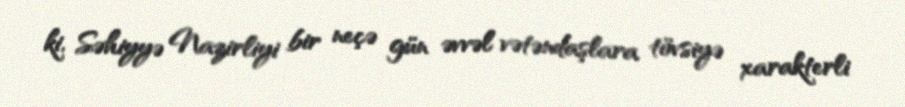
ki, Səhiyyə Nazirliyi bir neçə gün əvvəl vətəndaşlara tövsiyə xarakterli